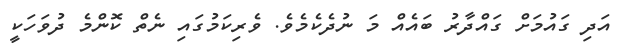
އަދި ގައުމަށް ގައްދާރު ބައެއް މަ ނުދެކެމެވެ. ވެރިކަމުގައި ނެތް ކޮންމެ ދުވަހަކީ